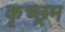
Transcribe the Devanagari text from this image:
कृच्छ्रम